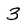
Character: 3